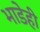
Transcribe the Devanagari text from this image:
भाडेही